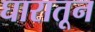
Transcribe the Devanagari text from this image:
घारातून